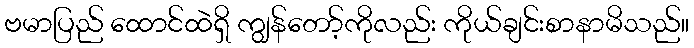
ဗမာပြည် ထောင်ထဲရှိ ကျွန်တော့်ကိုလည်း ကိုယ်ချင်းစာနာမိသည်။